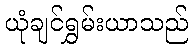
ယုံချင်ရွှမ်းယာသည်